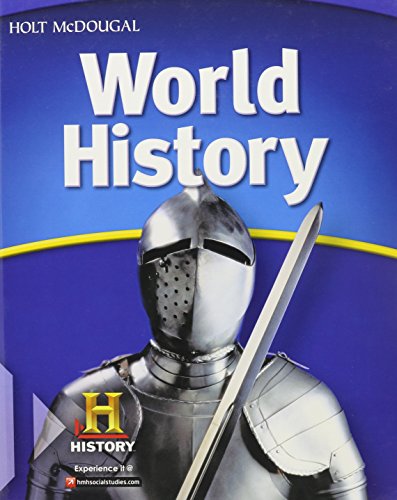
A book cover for McDougal Littell Middle School World History: Student Edition 2012; HOLT MCDOUGAL; Teen & Young Adult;